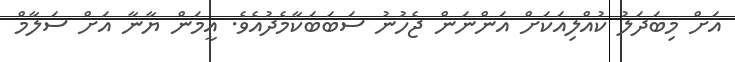
އަށް މިބަދަލު ކުއްލިއަކަށް އަންނަން ޖެހުނު ސަބަބަކާމެދުއެވެ. އީމަން ޔާނާ އަށް ސަލާމް